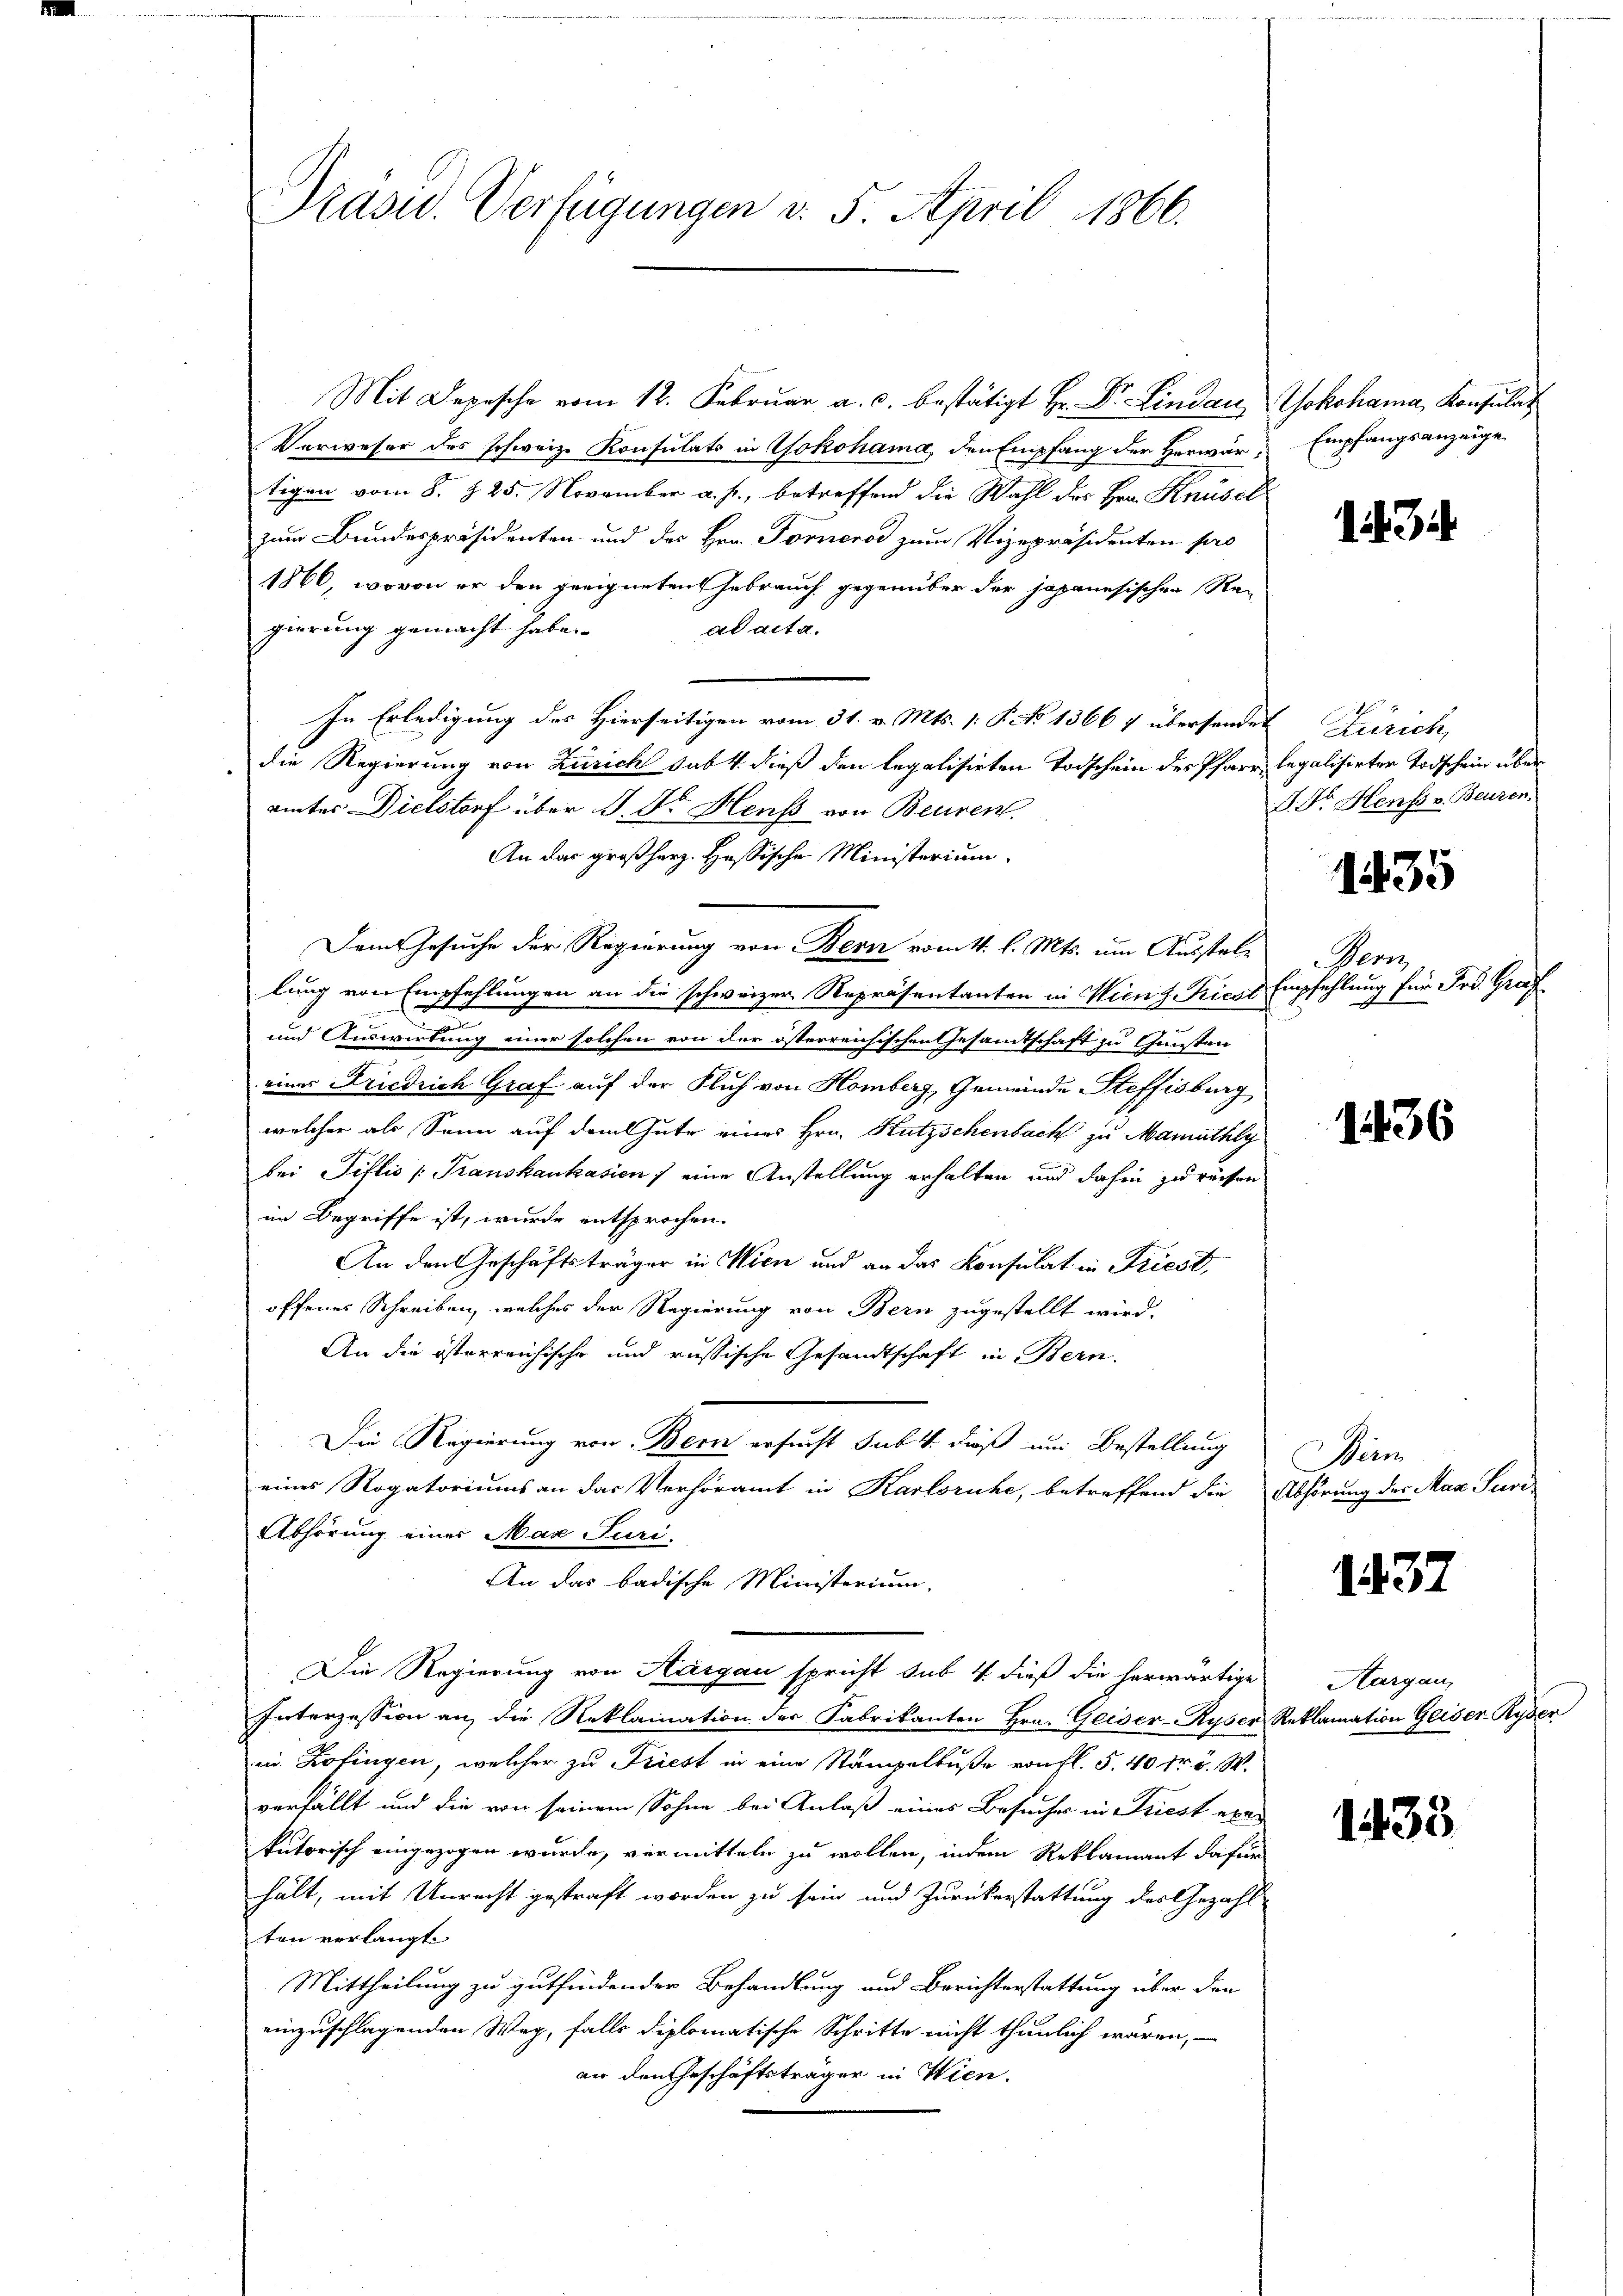
Präsid. Verfügungen d. 5. April 1866.

Mit Depesche vom 12. Februar a. c. bestätigt Hr. Dr. Lindau, Yokohama, Konsulat
Verweser des schweiz. Konsulats in Yokohama, den Empfang der Herwär, Empfangsanzeige
tigen vom 8. §. 25. November a. f., betreffend die Wahl des Hrn. Knüsel
zum Bundespräsidenten und der Hrn. Forneros zum Vizepräsidenten pro
1866, wovon er den geeigneten Gebrauch gegenüber der japanesischen Re-
gierung gemacht habe.
ad acta.
In Erledigung des Hierseitigen vom 31. v. Mts. 1. P. No 13667 übersendet Zürich,
die Regierung von Zürich sub 4 dieß den legalisirten Todschein des Pfarr legalisirter Todschein über
ämter Dielsdorf über J. Dr. Heuss von Beuren.
An das großherz. Hessische Ministerium
Dem Gesuche der Regierung von Bern vom 11. l. Mts. um Ausstellung von Empfehlungen an die schweizer Repräsentanten in Wien f. Triest Empfehlung für Frd. Graf
und Auswirtung einer solchen von der österreichischen Gesandtschaft zu Gunsten
eines Friedrich Graf auf der Fluch von Homberg, Gemeinde Steffisburg
welcher als Senn auf dem Gute eines Hrn. Kutzschenbach zu Mamuthly
bei Tiflio (Trauskaukasien) eine Anstellung erhalten und dahin zurechen
im Begriffe ist, wurde entsprochen.
An den Geschäftsträger in Wien und an das Konsulat in Friest,
offenes Schreiben, welches der Regierung von Bern zugestellt wird.
An die österreichische und russische Gesandtschaft in Bern.
Die Regierung von Bern ersucht sub. 4. dieß um Bestellung
eines Rogatoriums an das Verhöramt in Karlsruhe, betreffend die Abhörung des Max Juri
Abhörung einer Max Puri-
An das badische Ministerium,
Die Regierung von Aargau spricht sub 4 dieß die herwärtige
Interzession an die Reklamation der Fabrikanten Hrn. Geiser- Ryser Reklamation Geiser Ryden
in Zofingen, welcher zu Friest in eine Stämpelbuße von fl. 5. 40 Fr. 5. W.
verfällt und die von seinem Sohne bei Anlaß eines Besuches in Friest exer
kutorisch eingezogen wurde, vermitteln zu wollen, indem Reklamant dafür
hält, mit Unrecht gestraft worden zu sein und Zurückerstattung des Gezahl
ten verlangt.
Mittheilung zu gutfindender Behandlung und Berichterstattung über den
einzuschlagenden Weg, falls diplomatische Schritte nicht thunlich wären,
an den Geschäftsträger in Wien.

1434.

S. Dr. Heuss v. Beuren.

1435

Pen

1436

Bern

1437

Aargau,

1435